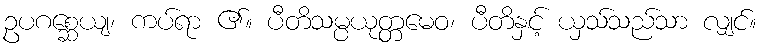
ဥပဂစ္ဆေယျ၊ ကပ်ရာ ၏။ ပီတိသမ္ပယုတ္တမေဝ၊ ပီတိနှင့် ယှသ်သည်သာ လျှင်။